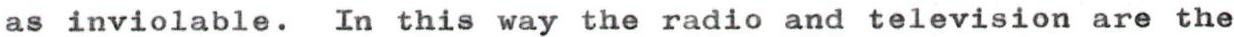
as inviolable. In this way the radio and television are the